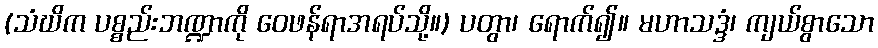
(သံဃိက ပစ္စည်းဘဏ္ဍာကို ဝေဖန်ရာအရပ်သို့။) ပတွာ၊ ရောက်၍။ မဟာသဒ္ဒံ၊ ကျယ်စွာသော